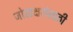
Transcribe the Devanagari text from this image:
जोडाक्षरांसाठी